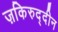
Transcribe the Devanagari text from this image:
ज़किरुद्दीन